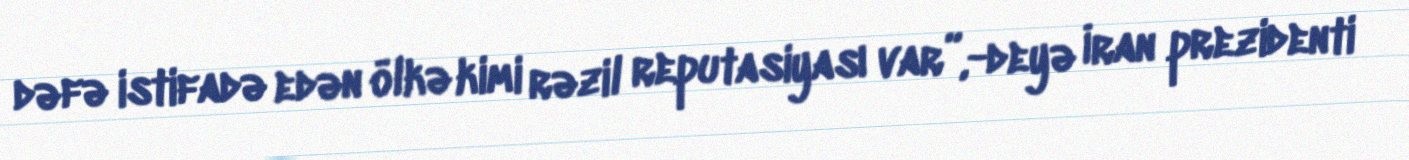
dəfə istifadə edən ölkə kimi rəzil reputasiyası var”,-deyə İran prezidenti